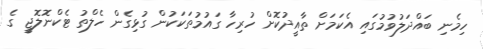
ހިމެނި ބައްދަލުވުމުގައި އެކަމަށް ތާއީދުކޮށް ހުރިހާ ގައުމުތަކަކުން ގުޅިގެން ހެލްތު ޓެކްނޮލޮޖީ ގެ